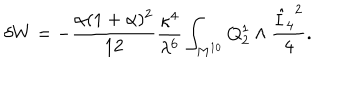
\delta W = - { \frac { \alpha ( 1 + \alpha ) ^ { 2 } } { 1 2 } } { \frac { \kappa ^ { 4 } } { \lambda ^ { 6 } } } \int _ { M ^ { 1 0 } } Q _ { 2 } ^ { 1 } \wedge { \frac { { \hat { I } _ { 4 } } ^ { 2 } } { 4 } } .